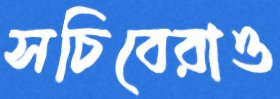
সচিবেরাও